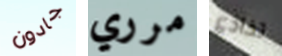
جادون مرري تخادع